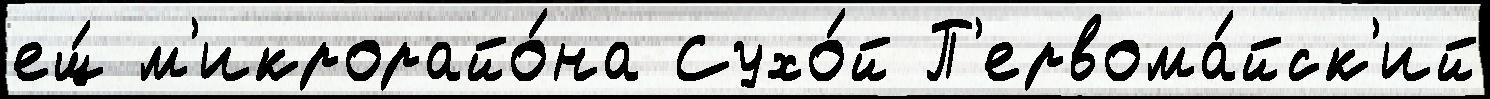
ещ́ м'икрорайо́на Сухо́й П'ервома́йск'ий